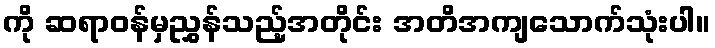
ကို ဆရာဝန်မှညွှန်သည့်အတိုင်း အတိအကျသောက်သုံးပါ။